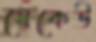
যেকেউ